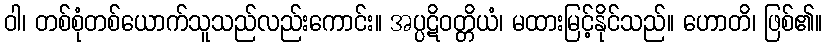
ဝါ၊ တစ်စုံတစ်ယောက်သူသည်လည်းကောင်း။ အပ္ပဋိဝတ္တိယံ၊ မထားမြင့်နိုင်သည်။ ဟောတိ၊ ဖြစ်၏။